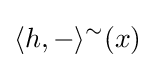
\langle h,-\rangle ^{\sim }(x)